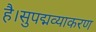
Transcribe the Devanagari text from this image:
है।सुपद्मव्याकरण